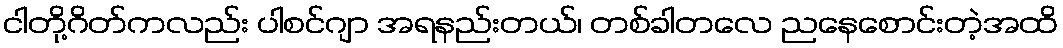
ငါတို့ဂိတ်ကလည်း ပါစင်ဂျာ အရနည်းတယ်၊ တစ်ခါတလေ ညနေစောင်းတဲ့အထိ